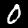
Digit: 0